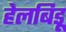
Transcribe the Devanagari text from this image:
हेलबिड़ू